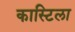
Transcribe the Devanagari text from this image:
कास्टिला